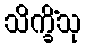
သိက္ခိံသု